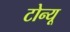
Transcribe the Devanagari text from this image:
टोन्यू